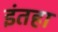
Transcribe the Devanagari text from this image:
इंतहा